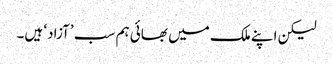
لیکن اپنے ملک میں بھائی ہم سب ’آزاد‘ ہیں۔